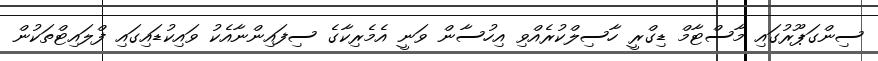
ސިންގަޕޫރުގައި މާސްޓާމް ޑިގްރީ ހާސިލްކުރެއްވި އިހުސާން ވަނީ އެމެރިކާގެ ސިފައިންނާއެކު ވައިކުޑައިގައި ފްލައިޓްތަކުން